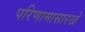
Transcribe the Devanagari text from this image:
परिणामासारखे